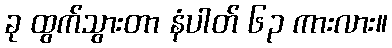
ခု ထွက်သွားတာ နံပါတ် ၆၃ ကားလား။